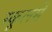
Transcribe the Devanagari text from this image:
स्कूलमें